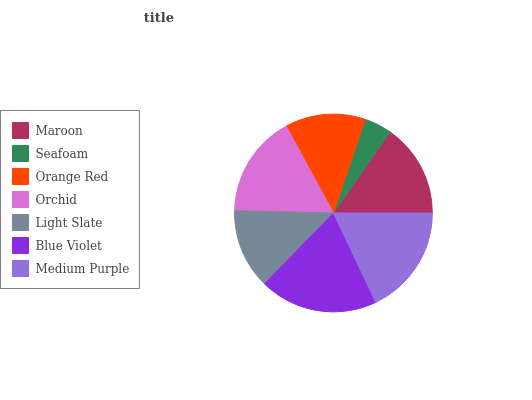
| Maroon | Seafoam | Orange Red | Orchid | Light Slate | Blue Violet | Medium Purple |
 | --- | --- | --- | --- | --- | --- | --- |
 | 15.3% | 4.47% | 13.2% | 16.7% | 13.1% | 19.3% | 18% |